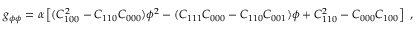
g _ { \phi \phi } = \alpha \left[ ( C _ { 1 0 0 } ^ { 2 } - C _ { 1 1 0 } C _ { 0 0 0 } ) \phi ^ { 2 } - ( C _ { 1 1 1 } C _ { 0 0 0 } - C _ { 1 1 0 } C _ { 0 0 1 } ) \phi + C _ { 1 1 0 } ^ { 2 } - C _ { 0 0 0 } C _ { 1 0 0 } \right] \ ,